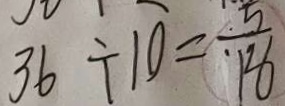
3 6 \div 1 0 = \frac { 5 } { 1 8 }